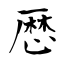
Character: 厯